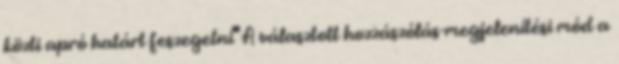
közti apró határt feszegetni"" A választott hozzászólás-megjelenítési mód a